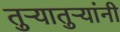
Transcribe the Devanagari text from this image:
तुऱ्यातुऱ्यांनी